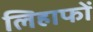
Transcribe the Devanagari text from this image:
लिहाफों